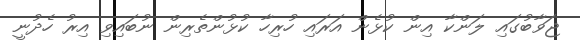
ޖަވާބުގައި ލަންކާ އިން ކުޅެން އަރައި ހުރިހާ ކުޅުންތެރިން ނުބައިވި އިރު ހެދުނީ